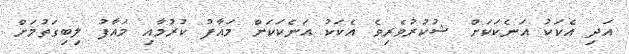
އަދި އެކަކު އަނެކަކަށް ޝުކުރުވެރިވެ އެކަކު އަނެކަކަށް މައާފު ކުރުމާއި މައާފު ލިބިގަތުމަށް